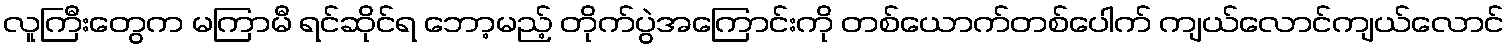
လူကြီးတွေက မကြာမီ ရင်ဆိုင်ရ ဘော့မည့် တိုက်ပွဲအကြောင်းကို တစ်ယောက်တစ်ပေါက် ကျယ်လောင်ကျယ်လောင်